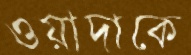
ওয়াদাকে